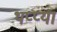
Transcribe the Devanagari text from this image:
थप्प्या